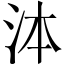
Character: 泍